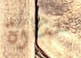
مثارة